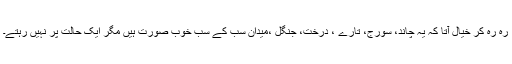
رہ رہ کر خیال آتا کہ یہ چاند، سورج، تارے ، درخت، جنگل ،میدان سب کے سب خوب صورت ہیں مگر ایک حالت پر نہیں رہتے۔